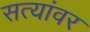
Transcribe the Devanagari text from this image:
सत्यांवर